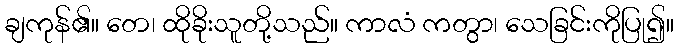
ချကုန်၏။ တေ၊ ထိုခိုးသူတို့သည်။ ကာလံ ကတွာ၊ သေခြင်းကိုပြု၍။